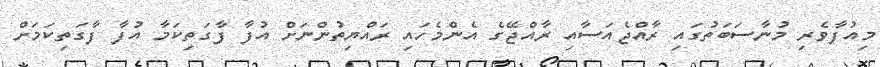
މިއުފާވެރި މުނާސަބަތުގައި ރާއްޖެއަސާއި ރާއްޖޭގެ އެންމެހައި ރައްޔިތުންނަށް އުފާ ފާގަތިކަމާ އުފާ ފާގަތިކަމަށް